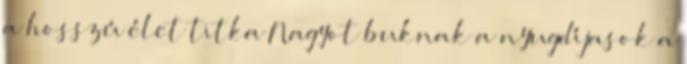
a hosszú élet titka Nagyot buknak a nyugdíjasok a